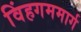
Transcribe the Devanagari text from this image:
विंहगममार्ग